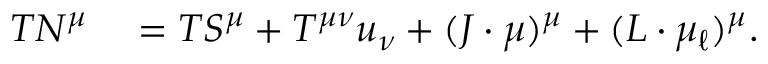
\begin{array} { r l } { T N ^ { \mu } } & { { } = T S ^ { \mu } + T ^ { \mu \nu } u _ { \nu } + ( J \cdot \mu ) ^ { \mu } + ( L \cdot \mu _ { \ell } ) ^ { \mu } . } \end{array}